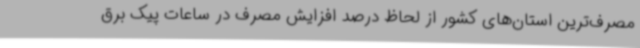
مصرف‌ترین استان‌های کشور از لحاظ درصد افزایش مصرف در ساعات پیک برق